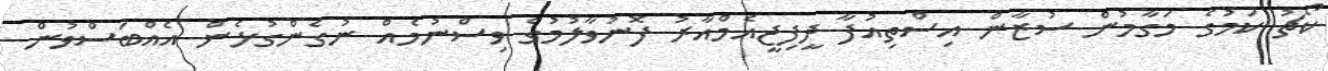
ކޯޗު ކަމުގެ މަގާމުން ސުޒާން އިސްތިއުފާ ދީފިޖީއެމްއާރު ފޮނުވާލުމުގެ ވިސްނުމެއް ނުގެންގުޅެން އެއްބަސްވުން